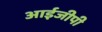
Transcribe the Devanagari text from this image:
आईजीपी